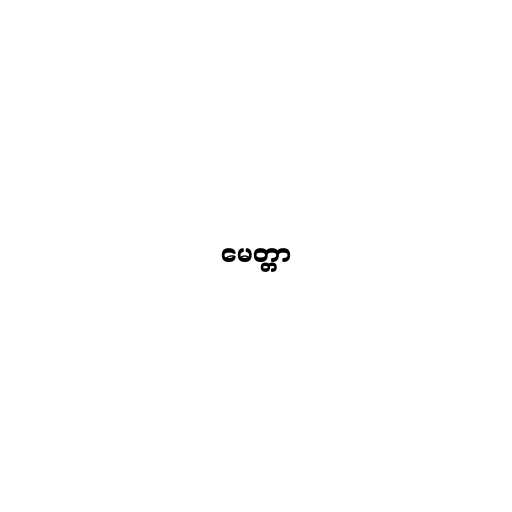
မေတ္တာ